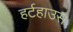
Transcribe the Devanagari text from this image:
हर्टहाउस